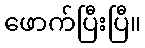
ဖောက်ပြီးပြီ။